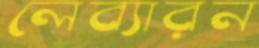
লেব্যারন